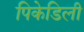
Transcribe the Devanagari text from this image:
पिकेडिली